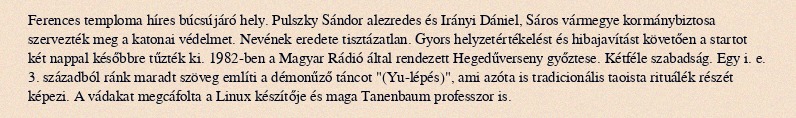
Ferences temploma híres búcsújáró hely. Pulszky Sándor alezredes és Irányi Dániel, Sáros vármegye kormánybiztosa szervezték meg a katonai védelmet. Nevének eredete tisztázatlan. Gyors helyzetértékelést és hibajavítást követően a startot két nappal későbbre tűzték ki. 1982-ben a Magyar Rádió által rendezett Hegedűverseny győztese. Kétféle szabadság. Egy i. e. 3. századból ránk maradt szöveg említi a démonűző táncot "(Yu-lépés)", ami azóta is tradicionális taoista rituálék részét képezi. A vádakat megcáfolta a Linux készítője és maga Tanenbaum professzor is.